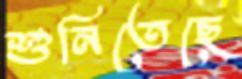
শুনিতেছে